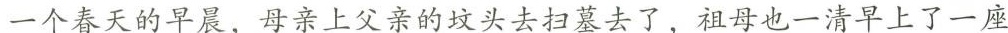
一个春天的早晨，母亲上父亲的坟头去扫墓去了，祖母也一清早上了一座